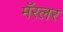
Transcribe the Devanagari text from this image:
मॅरलर